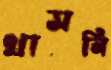
খাসনি